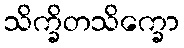
သိက္ခိတသိက္ခော